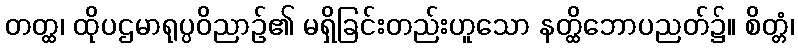
တတ္ထ၊ ထိုပဌမာရုပ္ပဝိညာဉ်၏ မရှိခြင်းတည်းဟူသော နတ္ထိဘောပညတ်၌။ စိတ္တံ၊